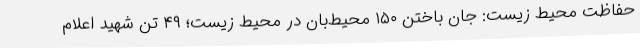
حفاظت محیط زیست: جان باختن ۱۵۰ محیط‌بان در محیط زیست؛ ۴۹ تن شهید اعلام